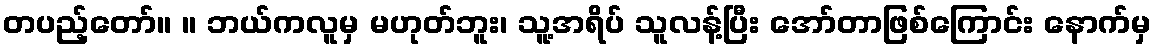
တပည့်တော်။ ။ ဘယ်ကလူမှ မဟုတ်ဘူး၊ သူ့အရိပ် သူလန့်ပြီး အော်တာဖြစ်ကြောင်း နောက်မှ